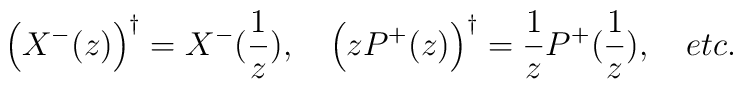
\left( X^{-}(z)\right) ^{\dagger }=X^{-}(\frac 1z),\quad \left(zP^{+}(z)\right) ^{\dagger }=\frac 1zP^{+}(\frac 1z),\quad etc.